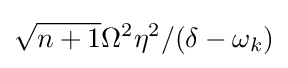
{\sqrt {n+1}}\Omega ^{2}\eta ^{2}/(\delta -\omega _{k})